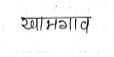
मजकूर: खामगाव